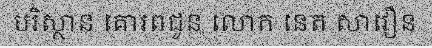
បរិស្ថាន គោរពជូន លោក នេត សាវឿន